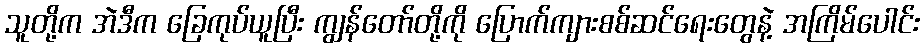
သူတို့က အဲဒီက ခြေကုပ်ယူပြီး ကျွန်တော်တို့ကို ပြောက်ကျားစစ်ဆင်ရေးတွေနဲ့ အကြိမ်ပေါင်း